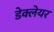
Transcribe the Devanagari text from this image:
डेक्लेयर